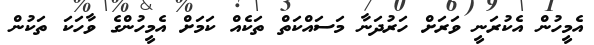
އެމީހުން އެކުރަނީ ވަރަށް ހަަރުދަނާ މަސައްކަތް ތަކެއް ކަމަށް އެމީހުންގެ ވާހަކަ ތަކުން